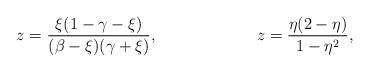
LaTeX: \begin{align*}z&=\frac{\xi(1-\gamma-\xi)}{(\beta-\xi)(\gamma+\xi)},&z&=\frac{\eta(2-\eta)}{1-\eta^2},\end{align*}